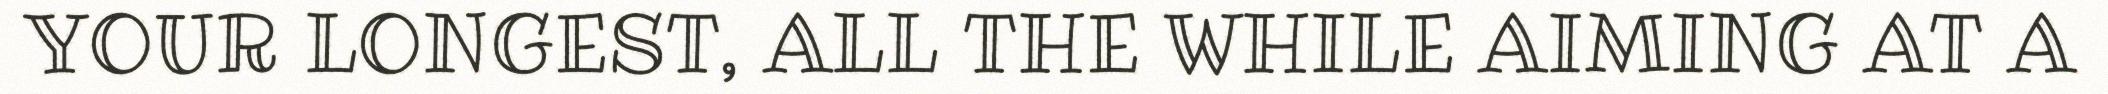
YOUR LONGEST, ALL THE WHILE AIMING AT A